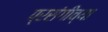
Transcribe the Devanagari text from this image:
प्रसंगीच्या